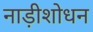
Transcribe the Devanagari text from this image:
नाड़ीशोधन